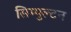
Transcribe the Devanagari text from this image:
सिम्पुल्टन